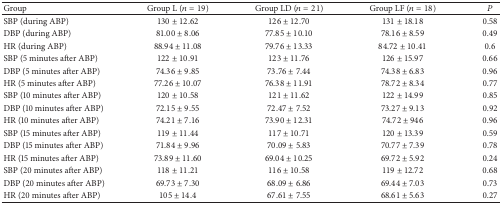
<table><thead><tr><td><b>Group</b></td><td><b>Group L (<i>n</i> = 19)</b></td><td><b>Group LD (<i>n</i> = 21)</b></td><td><b>Group LF (<i>n</i> = 18)</b></td><td><b><i>P</i></b></td></tr></thead><tbody><tr><td>SBP (during ABP)</td><td>130 ± 12.62</td><td>126 ± 12.70</td><td>131 ± 18.18</td><td>0.58</td></tr><tr><td>DBP (during ABP)</td><td>81.00 ± 8.06</td><td>77.85 ± 10.10</td><td>78.16 ± 8.59</td><td>0.49</td></tr><tr><td>HR (during ABP)</td><td>88.94 ± 11.08</td><td>79.76 ± 13.33</td><td>84.72 ± 10.41</td><td>0.6</td></tr><tr><td>SBP (5 minutes after ABP)</td><td>122 ± 10.91</td><td>123 ± 11.76</td><td>126 ± 15.97</td><td>0.66</td></tr><tr><td>DBP (5 minutes after ABP)</td><td>74.36 ± 9.85</td><td>73.76 ± 7.44</td><td>74.38 ± 6.83</td><td>0.96</td></tr><tr><td>HR (5 minutes after ABP)</td><td>77.26 ± 10.07</td><td>76.38 ± 11.91</td><td>78.72 ± 8.34</td><td>0.77</td></tr><tr><td>SBP (10 minutes after ABP)</td><td>120 ± 10.58</td><td>121 ± 11.62</td><td>122 ± 14.99</td><td>0.85</td></tr><tr><td>DBP (10 minutes after ABP)</td><td>72.15 ± 9.55</td><td>72.47 ± 7.52</td><td>73.27 ± 9.13</td><td>0.92</td></tr><tr><td>HR (10 minutes after ABP)</td><td>74.21 ± 7.16</td><td>73.90 ± 12.31</td><td>74.72 ± 946</td><td>0.96</td></tr><tr><td>SBP (15 minutes after ABP)</td><td>119 ± 11.44</td><td>117 ± 10.71</td><td>120 ± 13.39</td><td>0.59</td></tr><tr><td>DBP (15 minutes after ABP)</td><td>71.84 ± 9.96</td><td>70.09 ± 5.83</td><td>70.77 ± 7.39</td><td>0.78</td></tr><tr><td>HR (15 minutes after ABP)</td><td>73.89 ± 11.60</td><td>69.04 ± 10.25</td><td>69.72 ± 5.92</td><td>0.24</td></tr><tr><td>SBP (20 minutes after ABP)</td><td>118 ± 11.21</td><td>116 ± 10.58</td><td>119 ± 12.72</td><td>0.68</td></tr><tr><td>DBP (20 minutes after ABP)</td><td>69.73 ± 7.30</td><td>68.09 ± 6.86</td><td>69.44 ± 7.03</td><td>0.73</td></tr><tr><td>HR (20 minutes after ABP)</td><td>105 ± 14.4</td><td>67.61 ± 7.55</td><td>68.61 ± 5.63</td><td>0.27</td></tr></tbody></table>